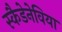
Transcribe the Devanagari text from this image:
स्कैडेनेविया